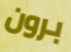
برون